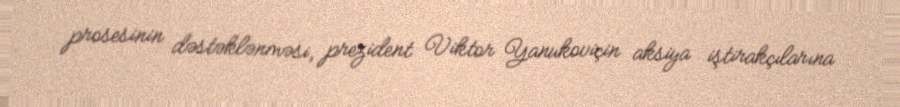
prosesinin dəstəklənməsi, prezident Viktor Yanukoviçin aksiya iştirakçılarına